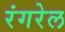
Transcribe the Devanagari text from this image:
रंगरेल